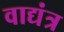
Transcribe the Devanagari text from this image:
वाद्यंत्र